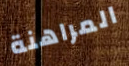
المراهنة